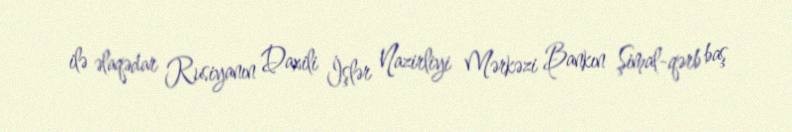
ilə əlaqədar Rusiyanın Daxili İşlər Nazirliyi Mərkəzi Bankın Şimal-qərb baş